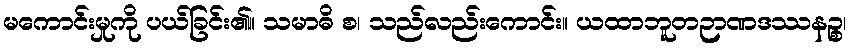
မကောင်းမှုကို ပယ်ခြင်း၏။ သမာဓိ စ၊ သည်လည်းကောင်း။ ယထာဘူတဉာဏဒဿနဉ္စ၊